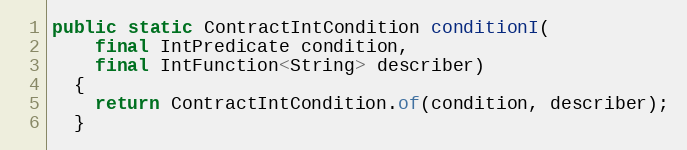
Language: Java
public static ContractIntCondition conditionI(
    final IntPredicate condition,
    final IntFunction<String> describer)
  {
    return ContractIntCondition.of(condition, describer);
  }